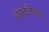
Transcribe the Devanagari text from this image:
ऑस्ट्रेलियाचं